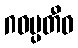
ဂဝမ္ပတီဓ